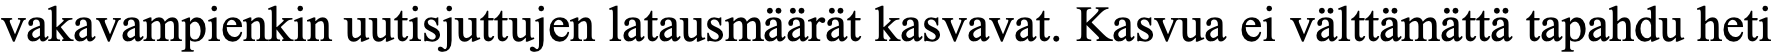
vakavampienkin uutisjuttujen latausmäärät kasvavat. Kasvua ei välttämättä tapahdu heti